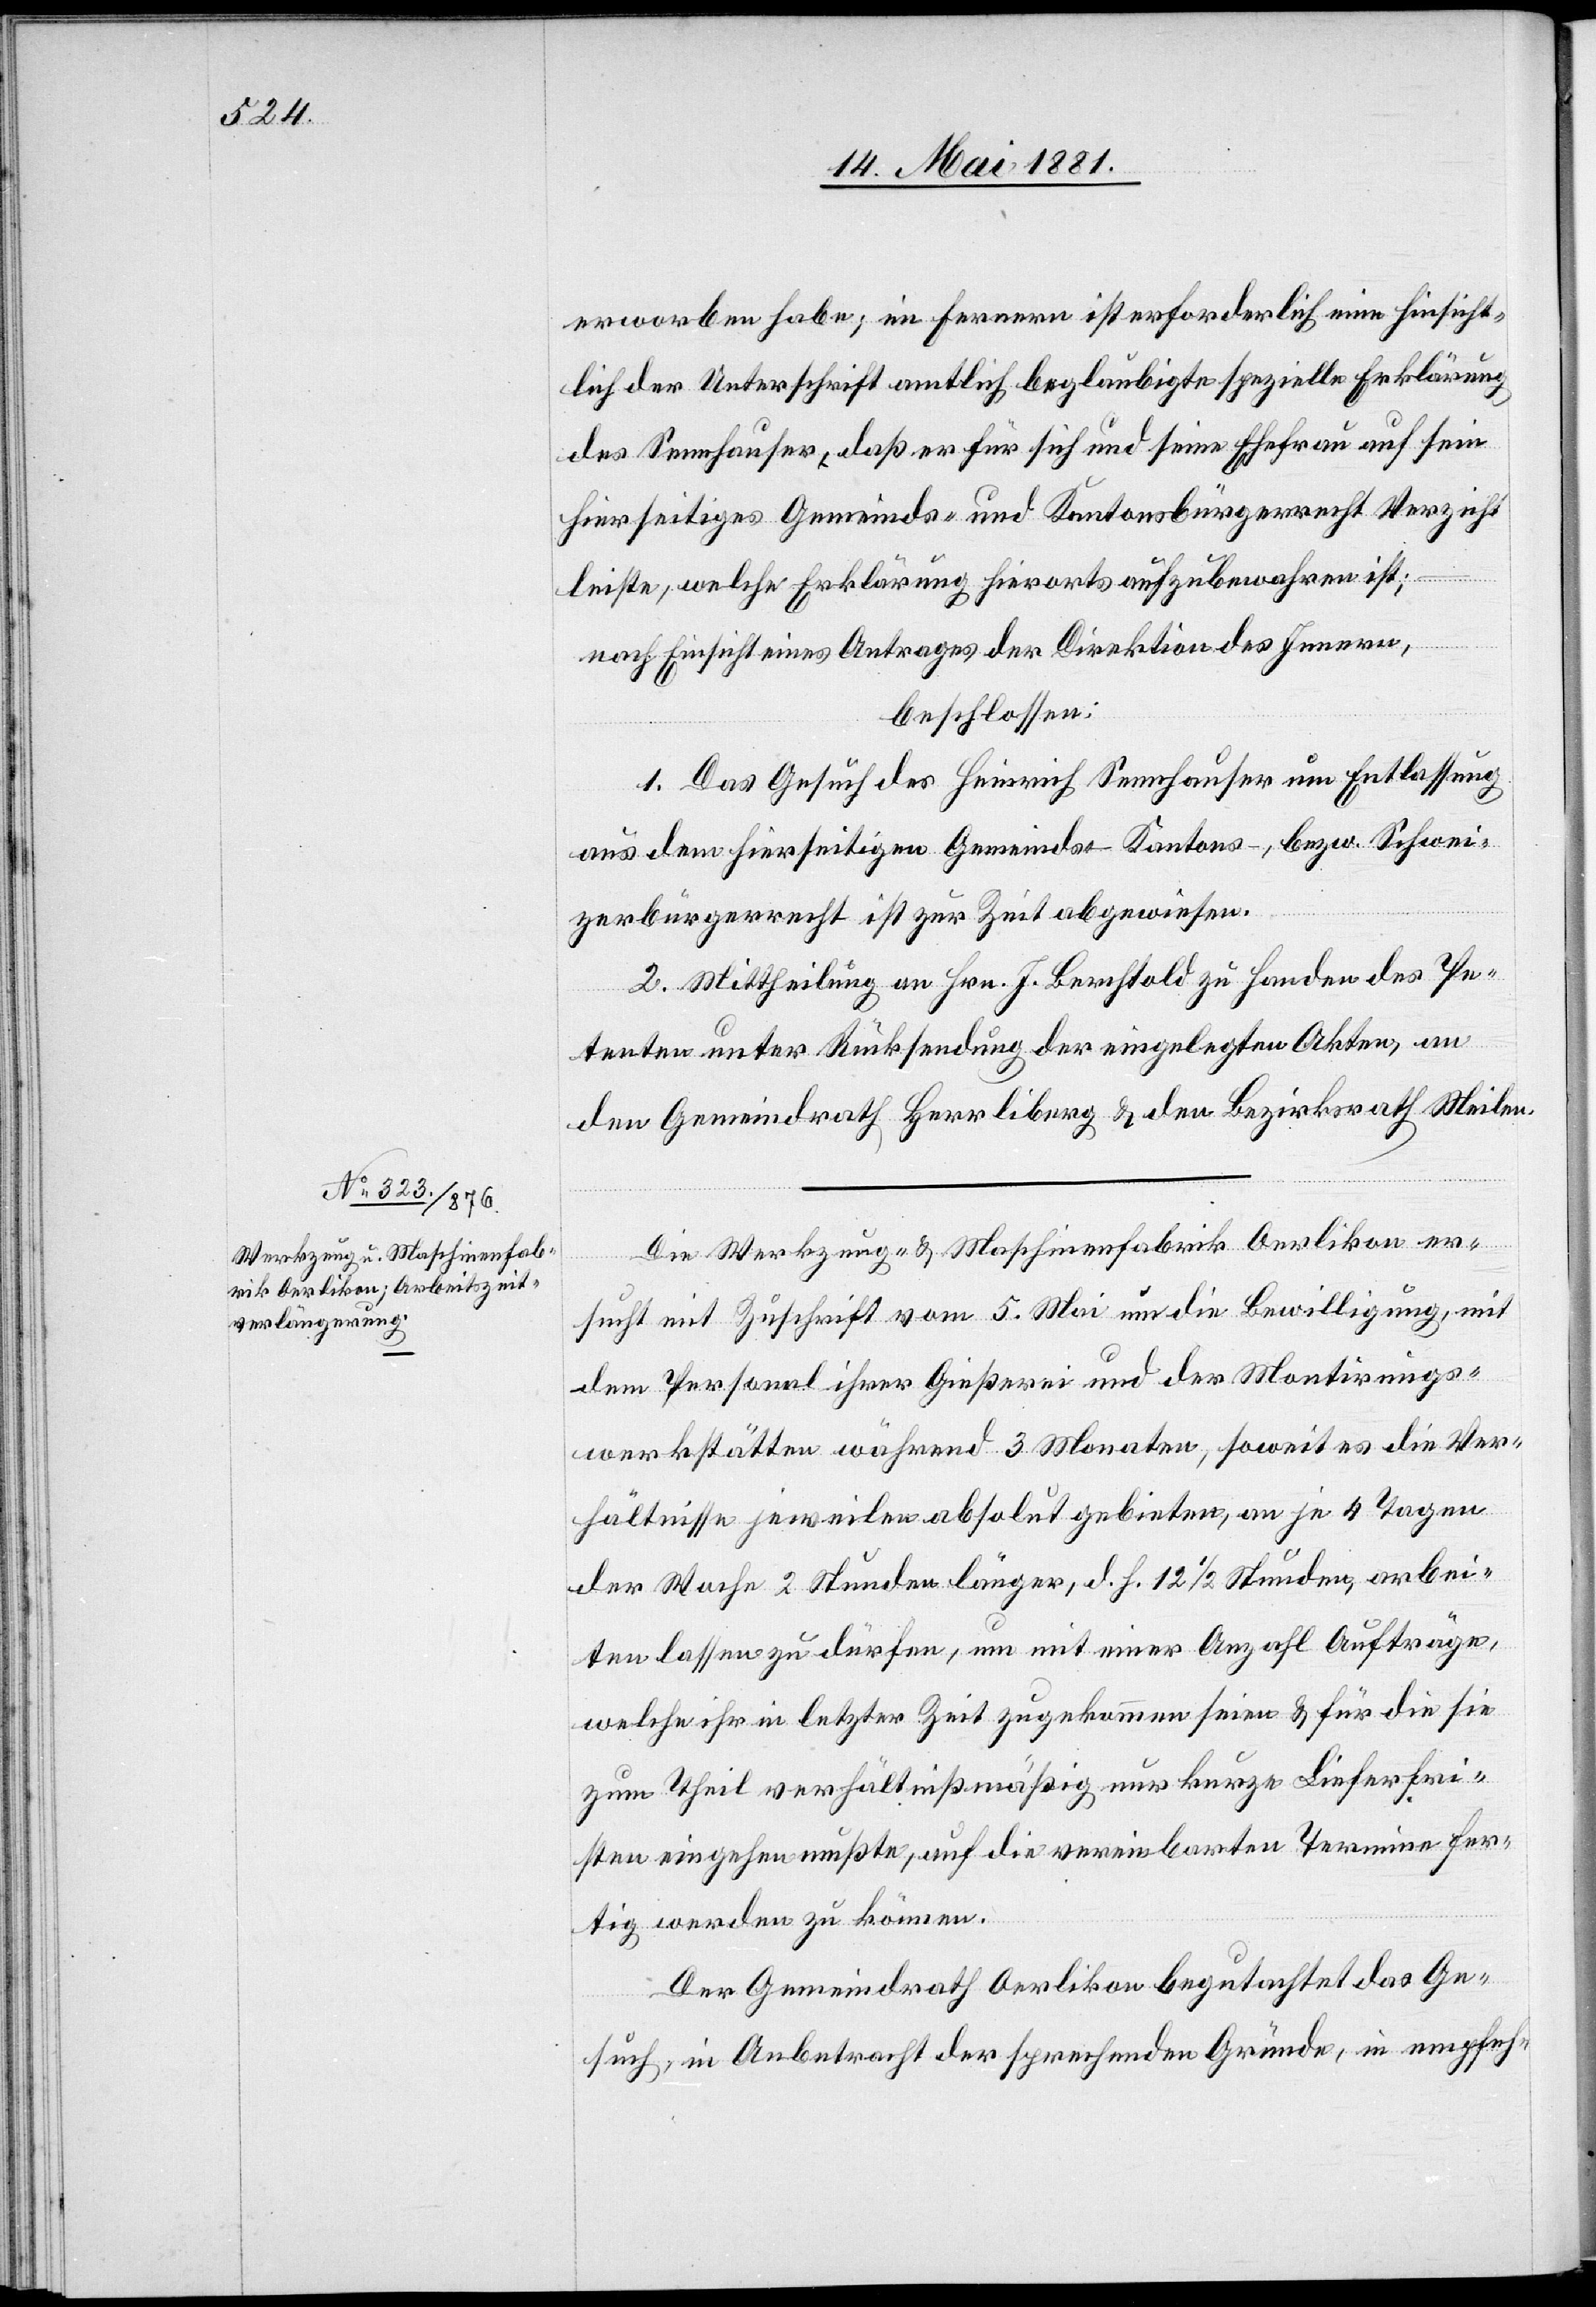
erworben habe; im Fernern ist erforderlich eine hinsicht¬
lich der Unterschrift amtlich beglaubigte spezielle Erklärung
des Sennhauser, daß er für sich und seine Ehefrau auf sein
hierseitiges Gemeinds- und Kantonsbürgerrecht Verzicht
leiste, welche Erklärung hierorts aufzubewahren ist;
nach Einsicht eines Antrages der Direktion des Innern,
beschlossen:
1. Das Gesuch des Heinrich Sennhauser um Entlassung
aus dem hierseitigen Gemeinds-, Kantons-, bezw. Schwei¬
zerbürgerrecht ist zur Zeit abgewiesen.
2. Mittheilung an Hrn. J. Berchtold zu Handen des Pe¬
tenten unter Rücksendung der eingelegten Akten, an
den Gemeindrath Herrliberg & den Bezirksrath Meilen.
Die Werkzeug- & Maschinenfabrik Oerlikon er¬
sucht mit Zuschrift vom 5. Mai um die Bewilligung, mit
dem Personal ihrer Gießerei und der Montirungs¬
werkstätten während 3 Monaten, soweit es die Ver¬
hältnisse jeweilen absolut gebieten, an je 4 Tagen
der Woche 2 Stunden länger, d. h. 12 1/2 Stunden, arbei¬
ten lassen zu dürfen, um mit einer Anzahl Aufträge
welche ihr in letzter Zeit zugekommen seien & für die sei
zum Theil verhältnißmäßig nur kurze Lieferfri¬
sten eingehen mußten, auf die vereinbarten Termine fer¬
tig werden zu können.
Der Gemeindrath Oerlikon begutachtet das Ge¬
such, in Anbetracht der sprechenden Gründe, in empfeh-